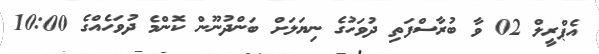
އެޕްރީލް 02 ވާ ބުރާސްފަތި ދުވަހުގެ ނިޔަލަށް ބަންދުނޫން ކޮންމެ ދުވަހެެއްގެ 10:00